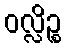
ဝလ္လိဉ္စ